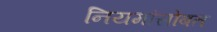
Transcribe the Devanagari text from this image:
नियमांसोबत